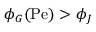
\phi _ { G } ( \mathrm { P e } ) > \phi _ { J }